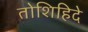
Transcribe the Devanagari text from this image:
तोशिहिदे